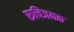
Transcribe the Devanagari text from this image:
रूचिजनक